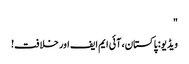
"
ویڈیو: پاکستان، آئی ایم ایف اور خلافت!